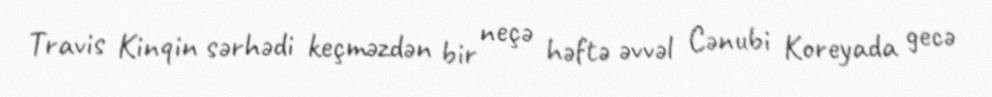
Travis Kinqin sərhədi keçməzdən bir neçə həftə əvvəl Cənubi Koreyada gecə